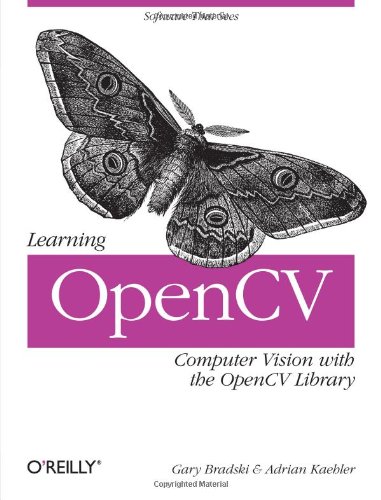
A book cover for Learning OpenCV: Computer Vision with the OpenCV Library; Gary Bradski; Computers & Technology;